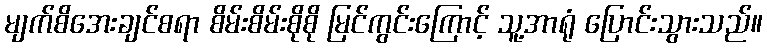
မျက်စိအေးချင်စရာ စိမ်းစိမ်းစိုစို မြင်ကွင်းကြောင့် သူ့အာရုံ ပြောင်းသွားသည်။